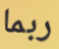
ربما